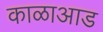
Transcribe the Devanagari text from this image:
काळाआड